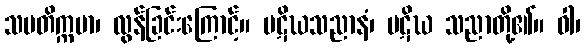
သမတိက္ကမာ၊ လွန်ခြင်းကြောင့်။ ပဋိဃသညာနံ၊ ပဋိဃ သညာတို့၏။ ဝါ၊